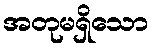
အတုမရှိသော